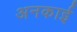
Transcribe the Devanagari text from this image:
अनकाई